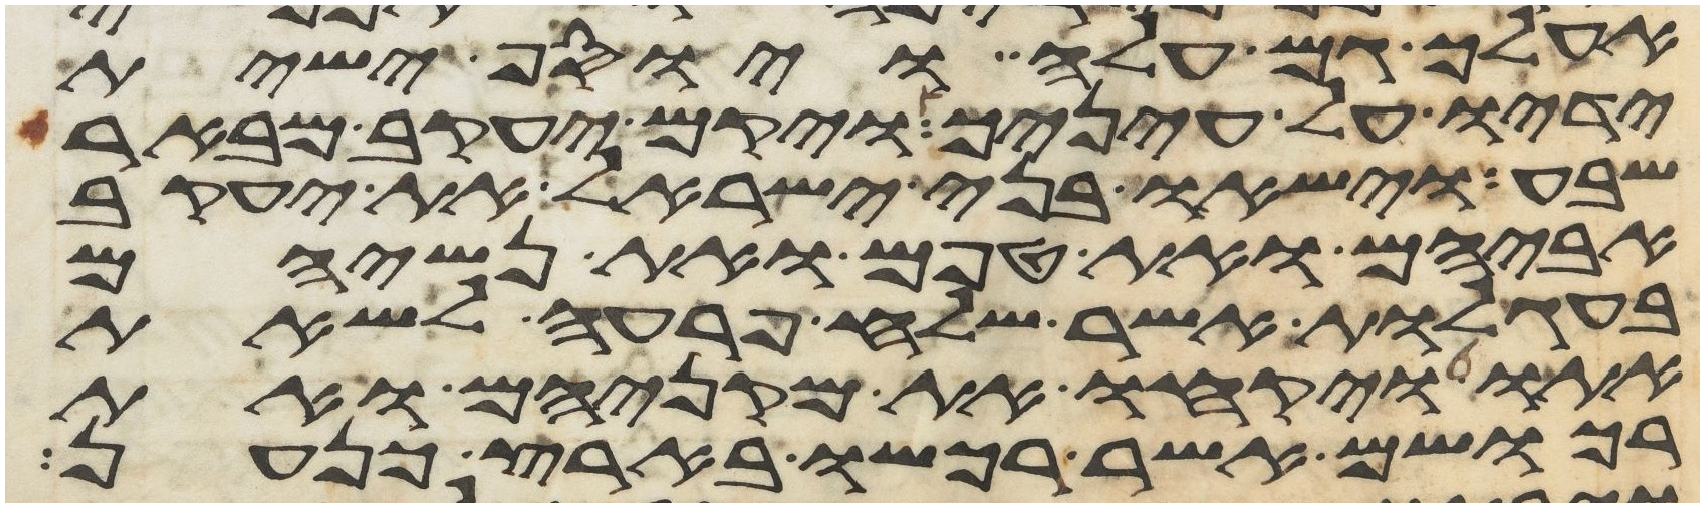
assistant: אעלך גם עלה ויוסף ישית
ידיו על עיניך ויקם יעקב מבאר
שבע וישאו בני ישראל את יעקב
אביהם ואת טפם ואת נשיהם
בעגלות אשר שלח פרעה לשאת
אתו ויקחו את מקניהם ואת
רכושם אשר רכשו בארץ כנען